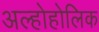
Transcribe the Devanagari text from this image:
अल्होहोलिक